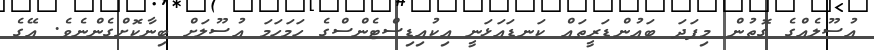
އުސޫލެއްގެ ގޮތުން މިފަދަ ބައުންޑަރީތައް ކަނޑައަޅަނީ އިކުއިޑިސްޓެންސްގެ ހަމަހަމަ އުސޫލަށް ބިނާކޮށްގެންނެވެ. އޭގެ